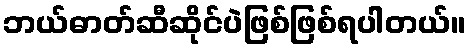
ဘယ်ဓာတ်ဆီဆိုင်ပဲဖြစ်ဖြစ်ရပါတယ်။